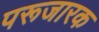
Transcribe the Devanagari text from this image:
परूजारक